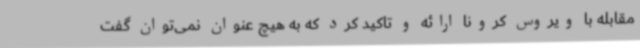
مقابله با ویروس کرونا ارائه و تاکید کرد که به هیچ عنوان نمی‌توان گفت